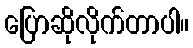
ပြောဆိုလိုက်တာပါ။